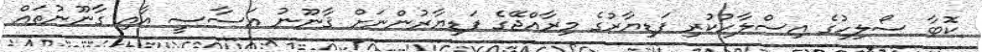
ކޮބާ ސޯލިހުގެ އިސްލާހުކުރި ފަޑިޔާރުގެ މިރާއްޖޭގެ ފަޑިޔާރުންނަށް ޤާނޫނު އަސާސީ އާއި ގާނޫނުތައް